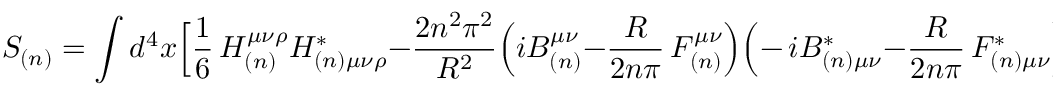
S _ { ( n ) } = \int d ^ { 4 } x \Bigl [ \frac { 1 } { 6 } \, H _ { ( n ) } ^ { \mu \nu \rho } H _ { ( n ) \mu \nu \rho } ^ { \ast } - \frac { 2 n ^ { 2 } \pi ^ { 2 } } { R ^ { 2 } } \Bigl ( i B _ { ( n ) } ^ { \mu \nu } - \frac { R } { 2 n \pi } \, F _ { ( n ) } ^ { \mu \nu } \Bigr ) \Bigl ( - \, i B _ { ( n ) \mu \nu } ^ { \ast } - \frac { R } { 2 n \pi } \, F _ { ( n ) \mu \nu } ^ { \ast } \Bigr ) \Bigr ]